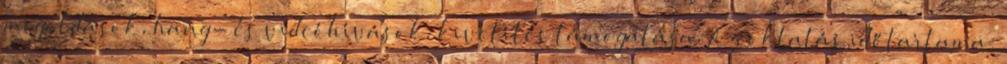
megoldások, hang- és videóhívások, kivetítés támogatása. Az oktatás időtartama: